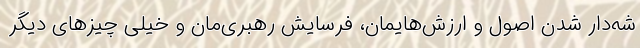
شه‌دار شدن اصول و ارزش‌هایمان، فرسایش رهبری‌مان و خیلی چیزهای دیگر